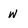
Character: w